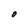
Character: O